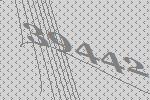
39442